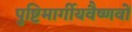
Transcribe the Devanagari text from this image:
पुष्टिमार्गीयवैष्णवों